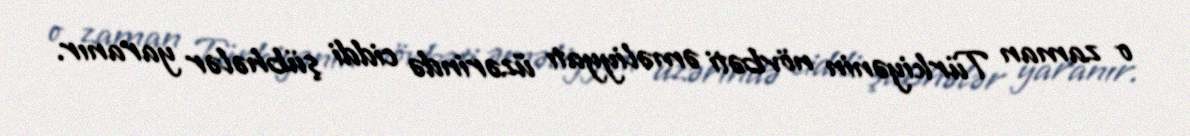
o zaman Türkiyənin növbəti əməliyyatı üzərində ciddi şübhələr yaranır.